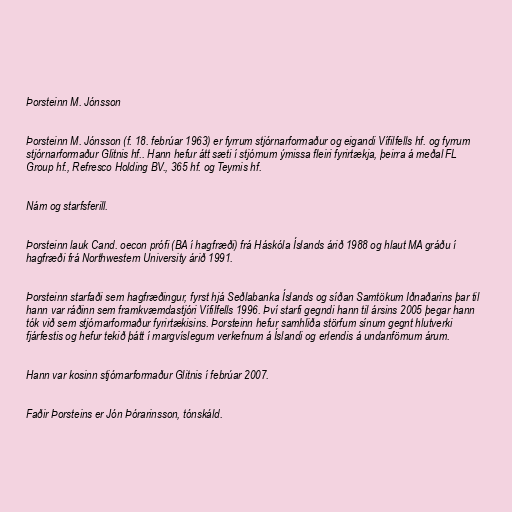
Þorsteinn M. Jónsson

Þorsteinn M. Jónsson (f. 18. febrúar 1963) er fyrrum stjórnarformaður og eigandi Vífilfells hf. og fyrrum
stjórnarformaður Glitnis hf.. Hann hefur átt sæti í stjórnum ýmissa fleiri fyrirtækja, þeirra á meðal FL
Group hf., Refresco Holding BV., 365 hf. og Teymis hf.

Nám og starfsferill.

Þorsteinn lauk Cand. oecon prófi (BA í hagfræði) frá Háskóla Íslands árið 1988 og hlaut MA gráðu í
hagfræði frá Northwestern University árið 1991.

Þorsteinn starfaði sem hagfræðingur, fyrst hjá Seðlabanka Íslands og síðan Samtökum Iðnaðarins þar til
hann var ráðinn sem framkvæmdastjóri Vífilfells 1996. Því starfi gegndi hann til ársins 2005 þegar hann
tók við sem stjórnarformaður fyrirtækisins. Þorsteinn hefur samhliða störfum sínum gegnt hlutverki
fjárfestis og hefur tekið þátt í margvíslegum verkefnum á Íslandi og erlendis á undanförnum árum.

Hann var kosinn stjórnarformaður Glitnis í febrúar 2007.

Faðir Þorsteins er Jón Þórarinsson, tónskáld.